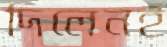
দিলেনই